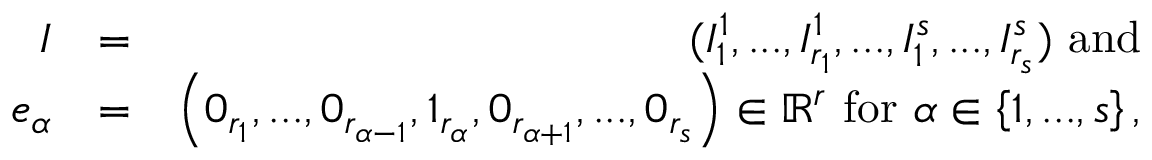
\begin{array} { r l r } { I } & { = } & { ( I _ { 1 } ^ { 1 } , . . . , I _ { r _ { 1 } } ^ { 1 } , . . . , I _ { 1 } ^ { s } , . . . , I _ { r _ { s } } ^ { s } ) \mathrm { ~ a n d } } \\ { e _ { \alpha } } & { = } & { \left( 0 _ { r _ { 1 } } , . . . , 0 _ { r _ { \alpha - 1 } } , 1 _ { r _ { \alpha } } , 0 _ { r _ { \alpha + 1 } } , . . . , 0 _ { r _ { s } } \right) \in \mathbb { R } ^ { r } \mathrm { ~ f o r ~ } \alpha \in \left\{ 1 , . . . , s \right\} \mathrm { , } } \end{array}